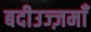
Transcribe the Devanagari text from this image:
बदीउज्ज़माँ